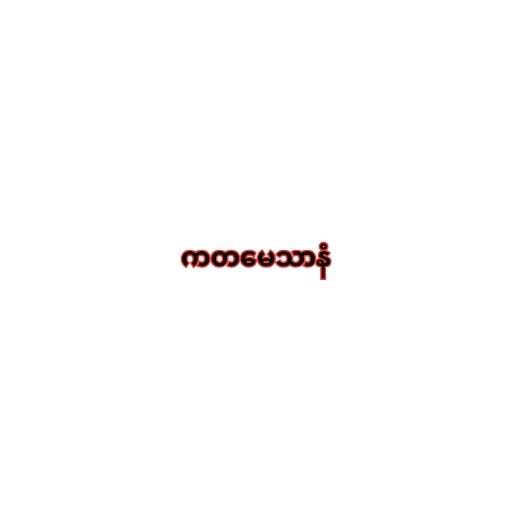
ကတမေသာနံ